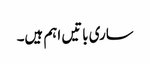
ساری باتیں اہم ہیں۔